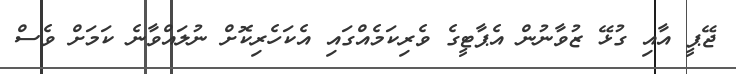
ޖޭޕީ އާއި ގުޅޭ ޒުވާނުން އެޕާޓީގެ ވެރިކަމެއްގައި އެކަހެރިކޮށް ނުލައްވާނެ ކަމަށް ވެސް